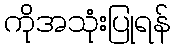
ကိုအသုံးပြုရန်